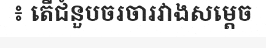
៖ តើជំនួបចរចារវាងសម្តេច